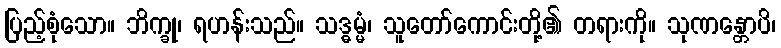
ပြည့်စုံသော။ ဘိက္ခု၊ ရဟန်းသည်။ သဒ္ဓမ္မံ၊ သူတော်ကောင်းတို့၏ တရားကို။ သုဏန္တောပိ၊